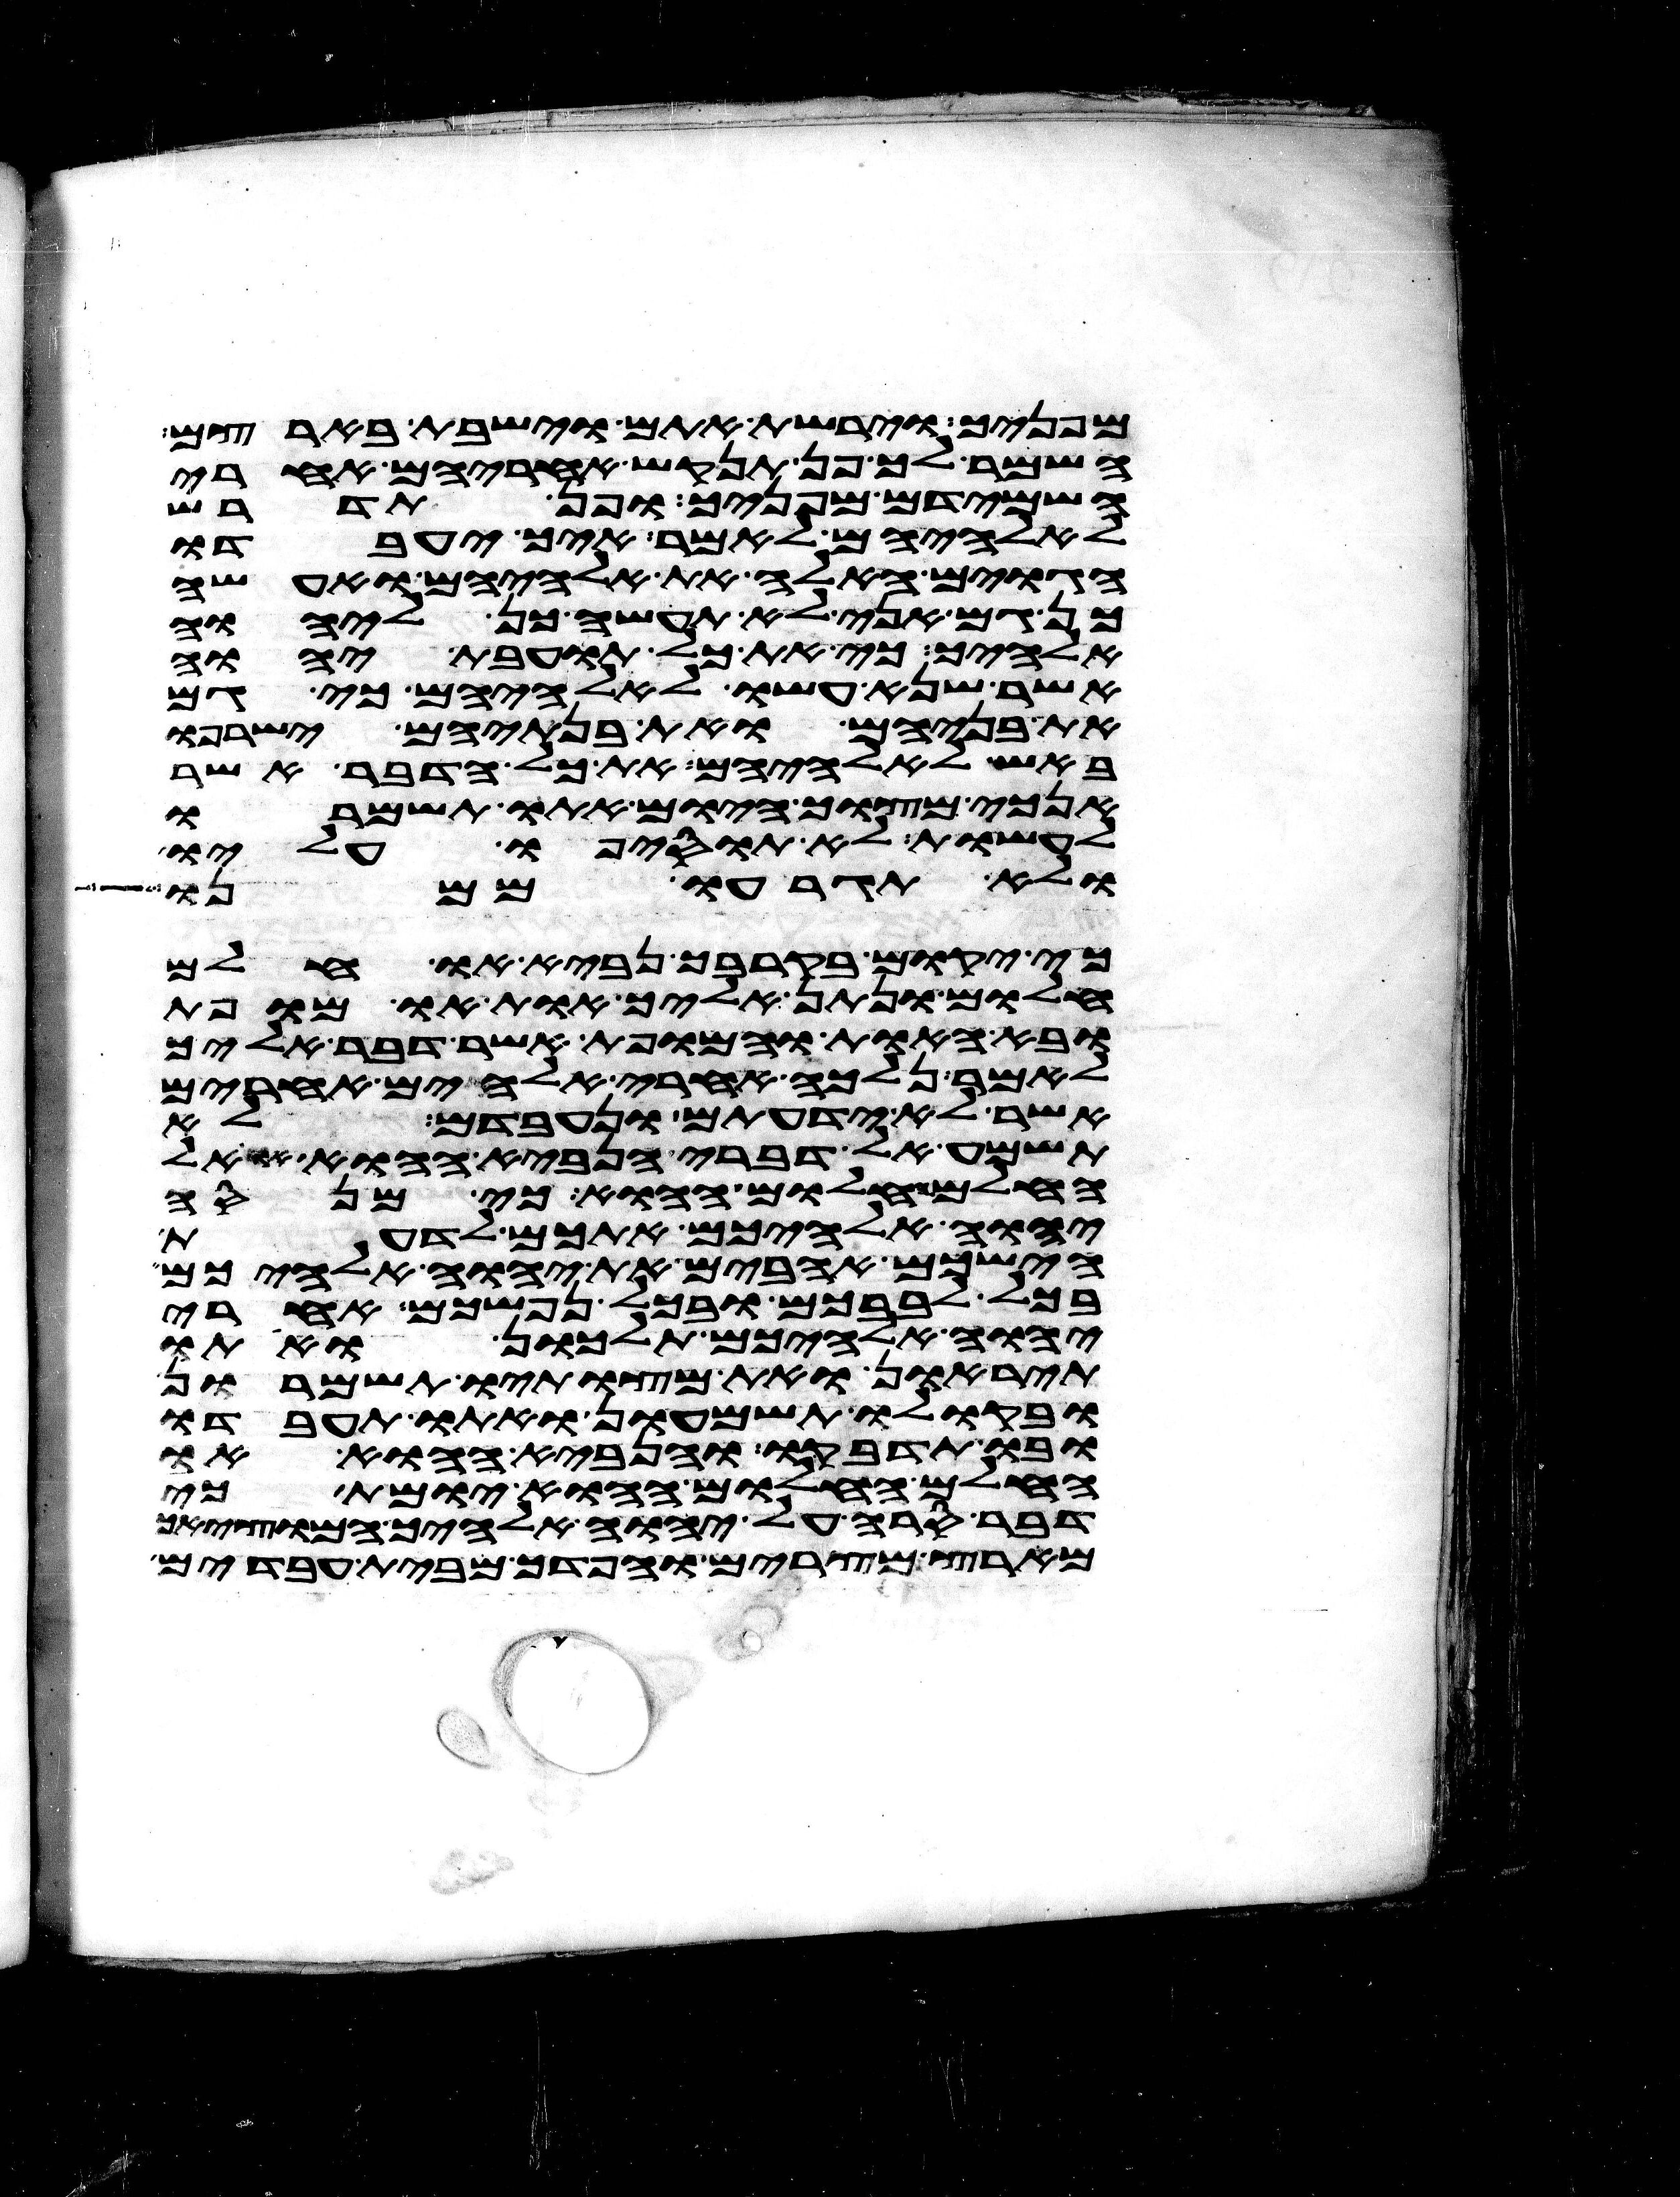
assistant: מפניך וירשת אתם וישבת בארצם
השמר לך פן תנקש אחריהם אחרי
השמידם מפניך ופן תדרש
לאלהיהם לאמר איך יעבדו
הגוים האלה את אלהיהם ואעשה
כן גם אני לא תעשה כן ליהוה
אלהיך כי את כל תועבת יהוה
אשר שנא עשו לאלהיהם כי גם
את בניהם ואת בנתיהם ישרפו
באש לאלהיהם את כל הדבר אשר
אנכי מצוך היום אתו תשמרו
לעשות לא תוסיפו עליו
ולא תגרעו ממנו
כי יקום בקרבך נביא או חלם
חלום ונתן אליך אות או מופת
ובא האות והמופת אשר דבר אליך
לאמר נלכה אחרי אלהים אחרים
אשר לא ידעתם ונעבדם לא
תשמע אל דברי הנביא ההוא או אל
החלם החלום ההוא כי מנסה
יהוה אלהיכם אתכם לדעת
הישכם אהבים את יהוה אלהיכם
בכל לבבכם ובכל נפשכם אחרי
יהוה אלהיכם תלכון ואתו
תיראון ואת מצותיו תשמרון
ובקולו תשמעון ואתו תעבדו
ובו תדבקו והנביא ההוא או
החלם החלום ההוא יומת כי
דבר סרה על יהוה אלהיך המוציאך
מארץ מצרים והפדך מבית עבדים